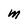
Character: M